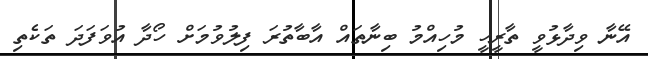
އޭނާ ވިދާޅުވީ ތާރީހީ މުހިއްމު ބިނާތައް އާބާތުރަ ފިލުވުމަށް ހޯދާ އުވަފަދަ ތަކެތި